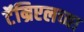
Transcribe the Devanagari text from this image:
टॅम्रिएलच्या